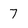
Character: 7